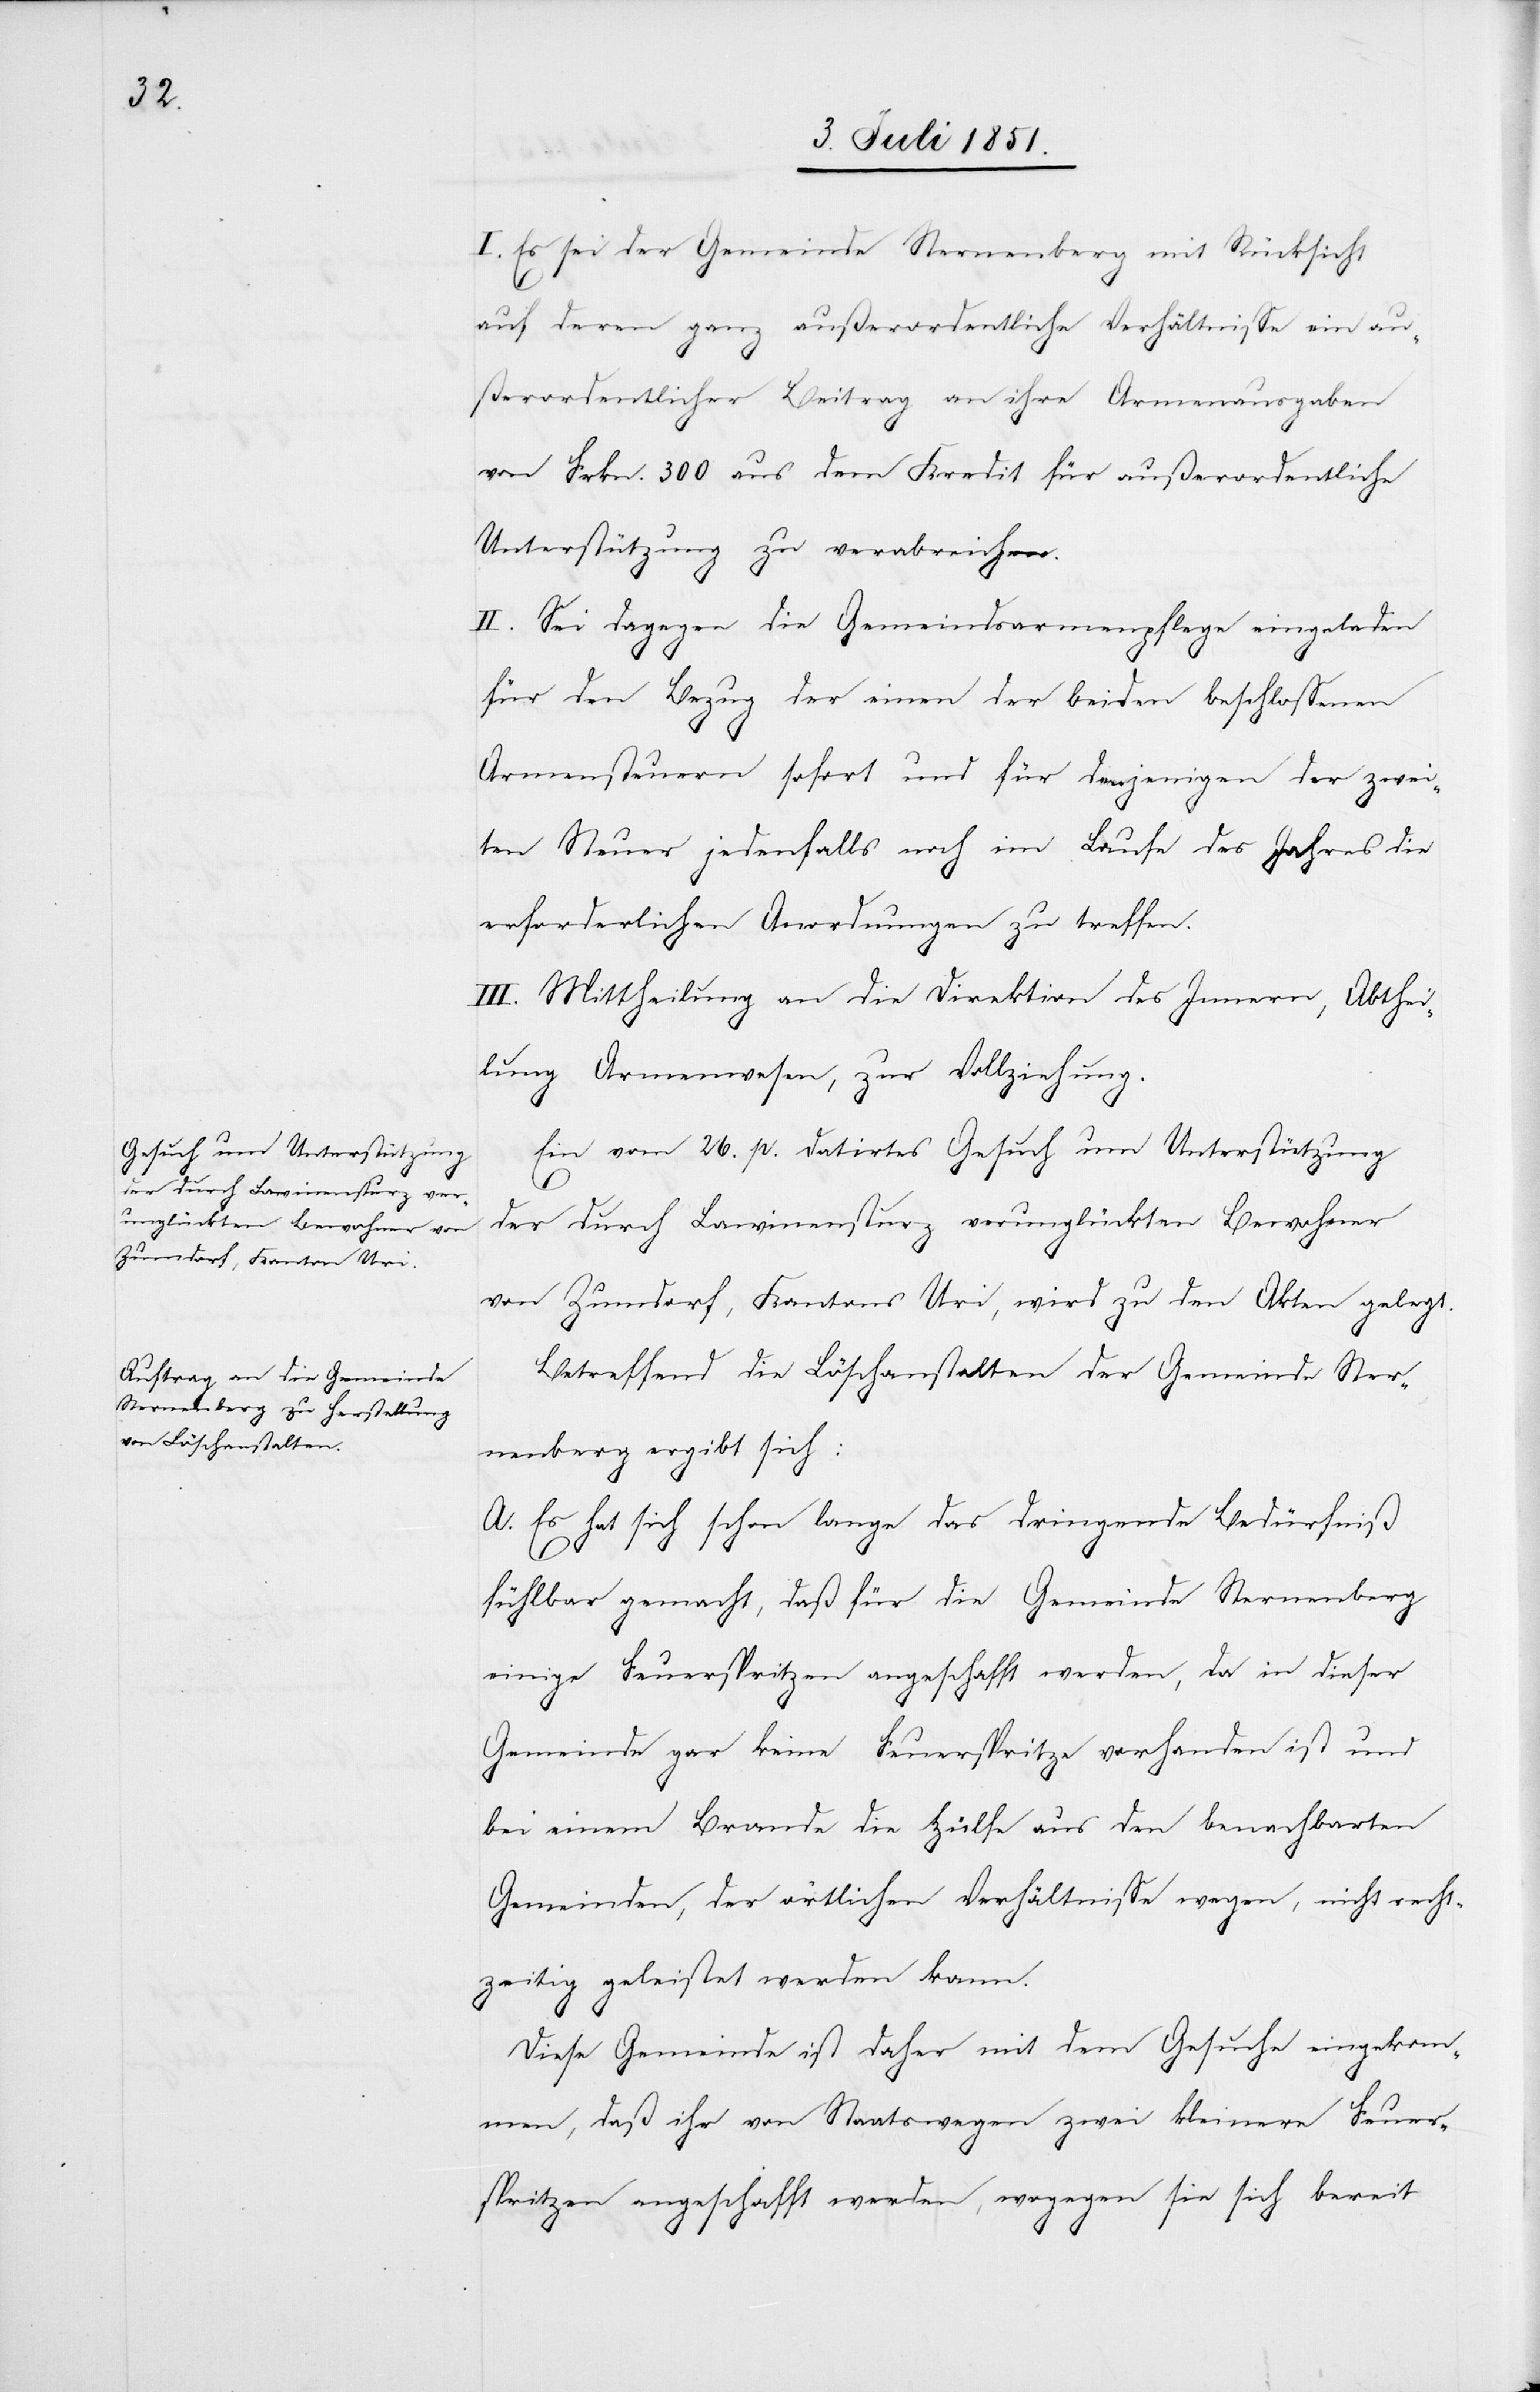
I. Es sei der Gemeinde Sternenberg mit Rücksicht
auf deren ganz außerordentliche Verhältnisse ein au¬
ßerordentlicher Beitrag an ihre Armenausgaben
von Frkn. 300 aus dem Kredit für außerordentliche
Unterstützung zu verabreichen.
II. Sei dagegen die Gemeindsarmenpflege eingeladen
für den Bezug der einen der beiden beschlossenen
Armensteuern sofort und für denjenigen der zwei¬
ten Steuer jedenfalls noch im Laufe des Jahres die
erforderlichen Anordnungen zu treffen.
III. Mittheilung an die Direktion des Innern, Abthei¬
lung Armenwesen, zur Vollziehung.
Ein vom 26. p. datirtes Gesuch um Unterstützung
der durch Lawinensturz verunglückten Bewohner
von Zumdorf, Kantons Uri, wird zu den Akten gelegt.
Betreffend die Löschanstalten der Gemeinde Ster¬
nenberg ergibt sich:
A. Es hat sich schon lange das dringende Bedürfniß
fühlbar gemacht, daß für die Gemeinde Sternenberg
einige Feuerspritzen angeschafft werden, da in dieser
Gemeinde gar keine Feuerspritze vorhanden ist und
bei einem Brande die Hülfe aus den benachbarten
Gemeinden, der örtlichen Verhältnisse wegen, nicht recht¬
zeitig geleistet werden kann.
Diese Gemeinde ist daher mit dem Gesuche eingekom¬
men, daß ihr von Staatswegen zwei kleinere Feuer¬
spritzen angeschafft werden, wogegen sie sich bereit